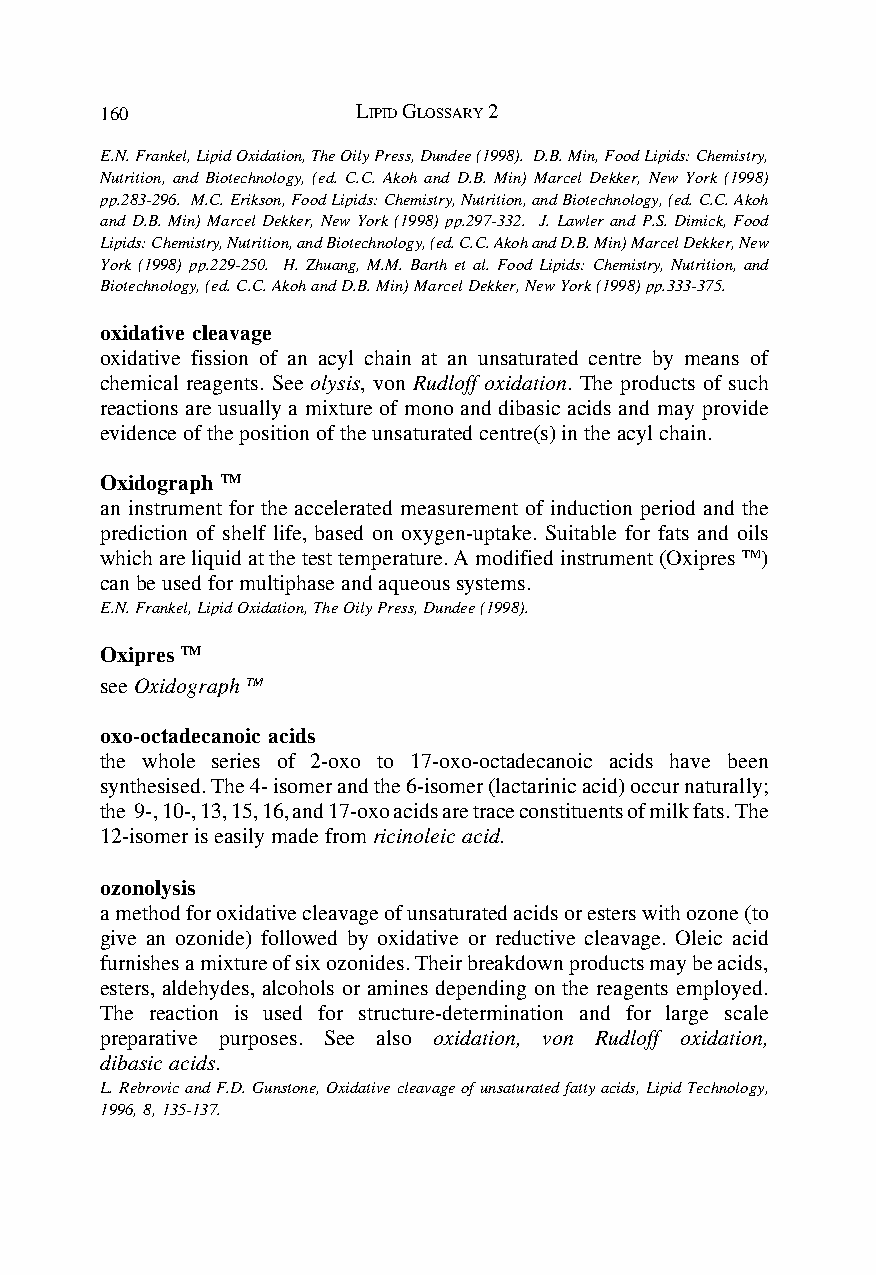
160              LIPID GLOSSARY 2
 E.N. Frankel, Lipid Oxidation, The Oily Press, Dundee (1998). D.B. Min, Food Lipids: Chemistry,
 Nutrition, and Biotechnology, (ed. C.C. Akoh and D.B. Min) Marcel Dekker, New York (1998)
 pp.283-296. M.C. Erikson, Food Lipids: Chemistry, Nutrition, and Biotechnology, (ed. C.C. Akoh
 and D.B. Min) Marcel Dekker, New York (1998) pp.297-332. J. Lawler and P.S. Dimick, Food
 Lipids: Chemistry, Nutrition, and Biotechnology, (ed. C.C. Akoh and D.B. Min) Marcel Dekker, New
 York (1998) pp.229-250. H. Zhuang, M.M. Barth et al. Food Lipids: Chemistry, Nutrition, and
 Biotechnology, (ed. C.C. Akoh and D.B. Min) Marcel Dekker, New York (1998) pp.333-375.
 oxidative cleavage
 oxidative fission of an acyl chain at an unsaturated centre by means of
 chemical reagents. See olysis, von Rudloff oxidation. The products of such
 reactions are usually a mixture of mono and dibasic acids and may provide
 evidence of the position of the unsaturated centre(s) in the acyl chain.
 Oxidograph TM
 an instrument for the accelerated measurement of induction period and the
 prediction of shelf life, based on oxygen-uptake. Suitable for fats and oils
 which are liquid at the test temperature. A modified instrument (Oxipres TM)
 can be used for multiphase and aqueous systems.
 E.N. Frankel, Lipid Oxidation, The Oily Press, Dundee (1998).
 Oxipres TM
 see Oxidograph TM
 oxo-octadecanoic acids
 the whole series of 2-oxo to 17-oxo-octadecanoic acids have been
 synthesised. The 4- isomer and the 6-isomer (lactarinic acid) occur naturally;
 the 9-, 10-, 13, 15, 16, and 17-oxo acids are trace constituents of milk fats. The
 12-isomer is easily made from ricinoleic acid.
 ozonolysis
 a method for oxidative cleavage of unsaturated acids or esters with ozone (to
 give an ozonide) followed by oxidative or reductive cleavage. Oleic acid
 furnishes a mixture of six ozonides. Their breakdown products may be acids,
 esters, aldehydes, alcohols or amines depending on the reagents employed.
 The reaction is used for structure-determination and for large scale
 preparative purposes. See also oxidation, von Rudloff oxidation,
 dibasic acids.
 L. Rebrovic and F.D. Gunstone, Oxidative cleavage of unsaturated fatty acids, Lipid Technology,
 1996, 8, 135-137.